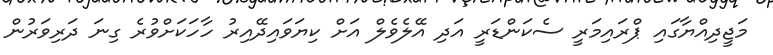
މަޖީދިއްޔާގައި ޕްރައިމަރީ ސެކަންޑަރީ އަދި އޭލެވެލް އަށް ކިޔަވައިދޭއިރު ހާހަކަށްވުރެ ގިނަ ދަރިވަރުން